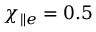
\chi _ { \parallel e } = 0 . 5